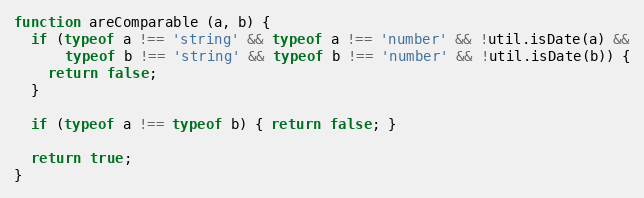
Language: JavaScript
function areComparable (a, b) {
  if (typeof a !== 'string' && typeof a !== 'number' && !util.isDate(a) &&
      typeof b !== 'string' && typeof b !== 'number' && !util.isDate(b)) {
    return false;
  }

  if (typeof a !== typeof b) { return false; }

  return true;
}